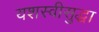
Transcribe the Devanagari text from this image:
यशस्वीसुद्धा